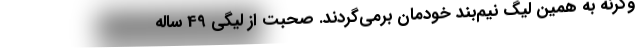
وگرنه به همین لیگ نیم‌بند خودمان برمی‌گردند. صحبت از لیگی 49 ساله